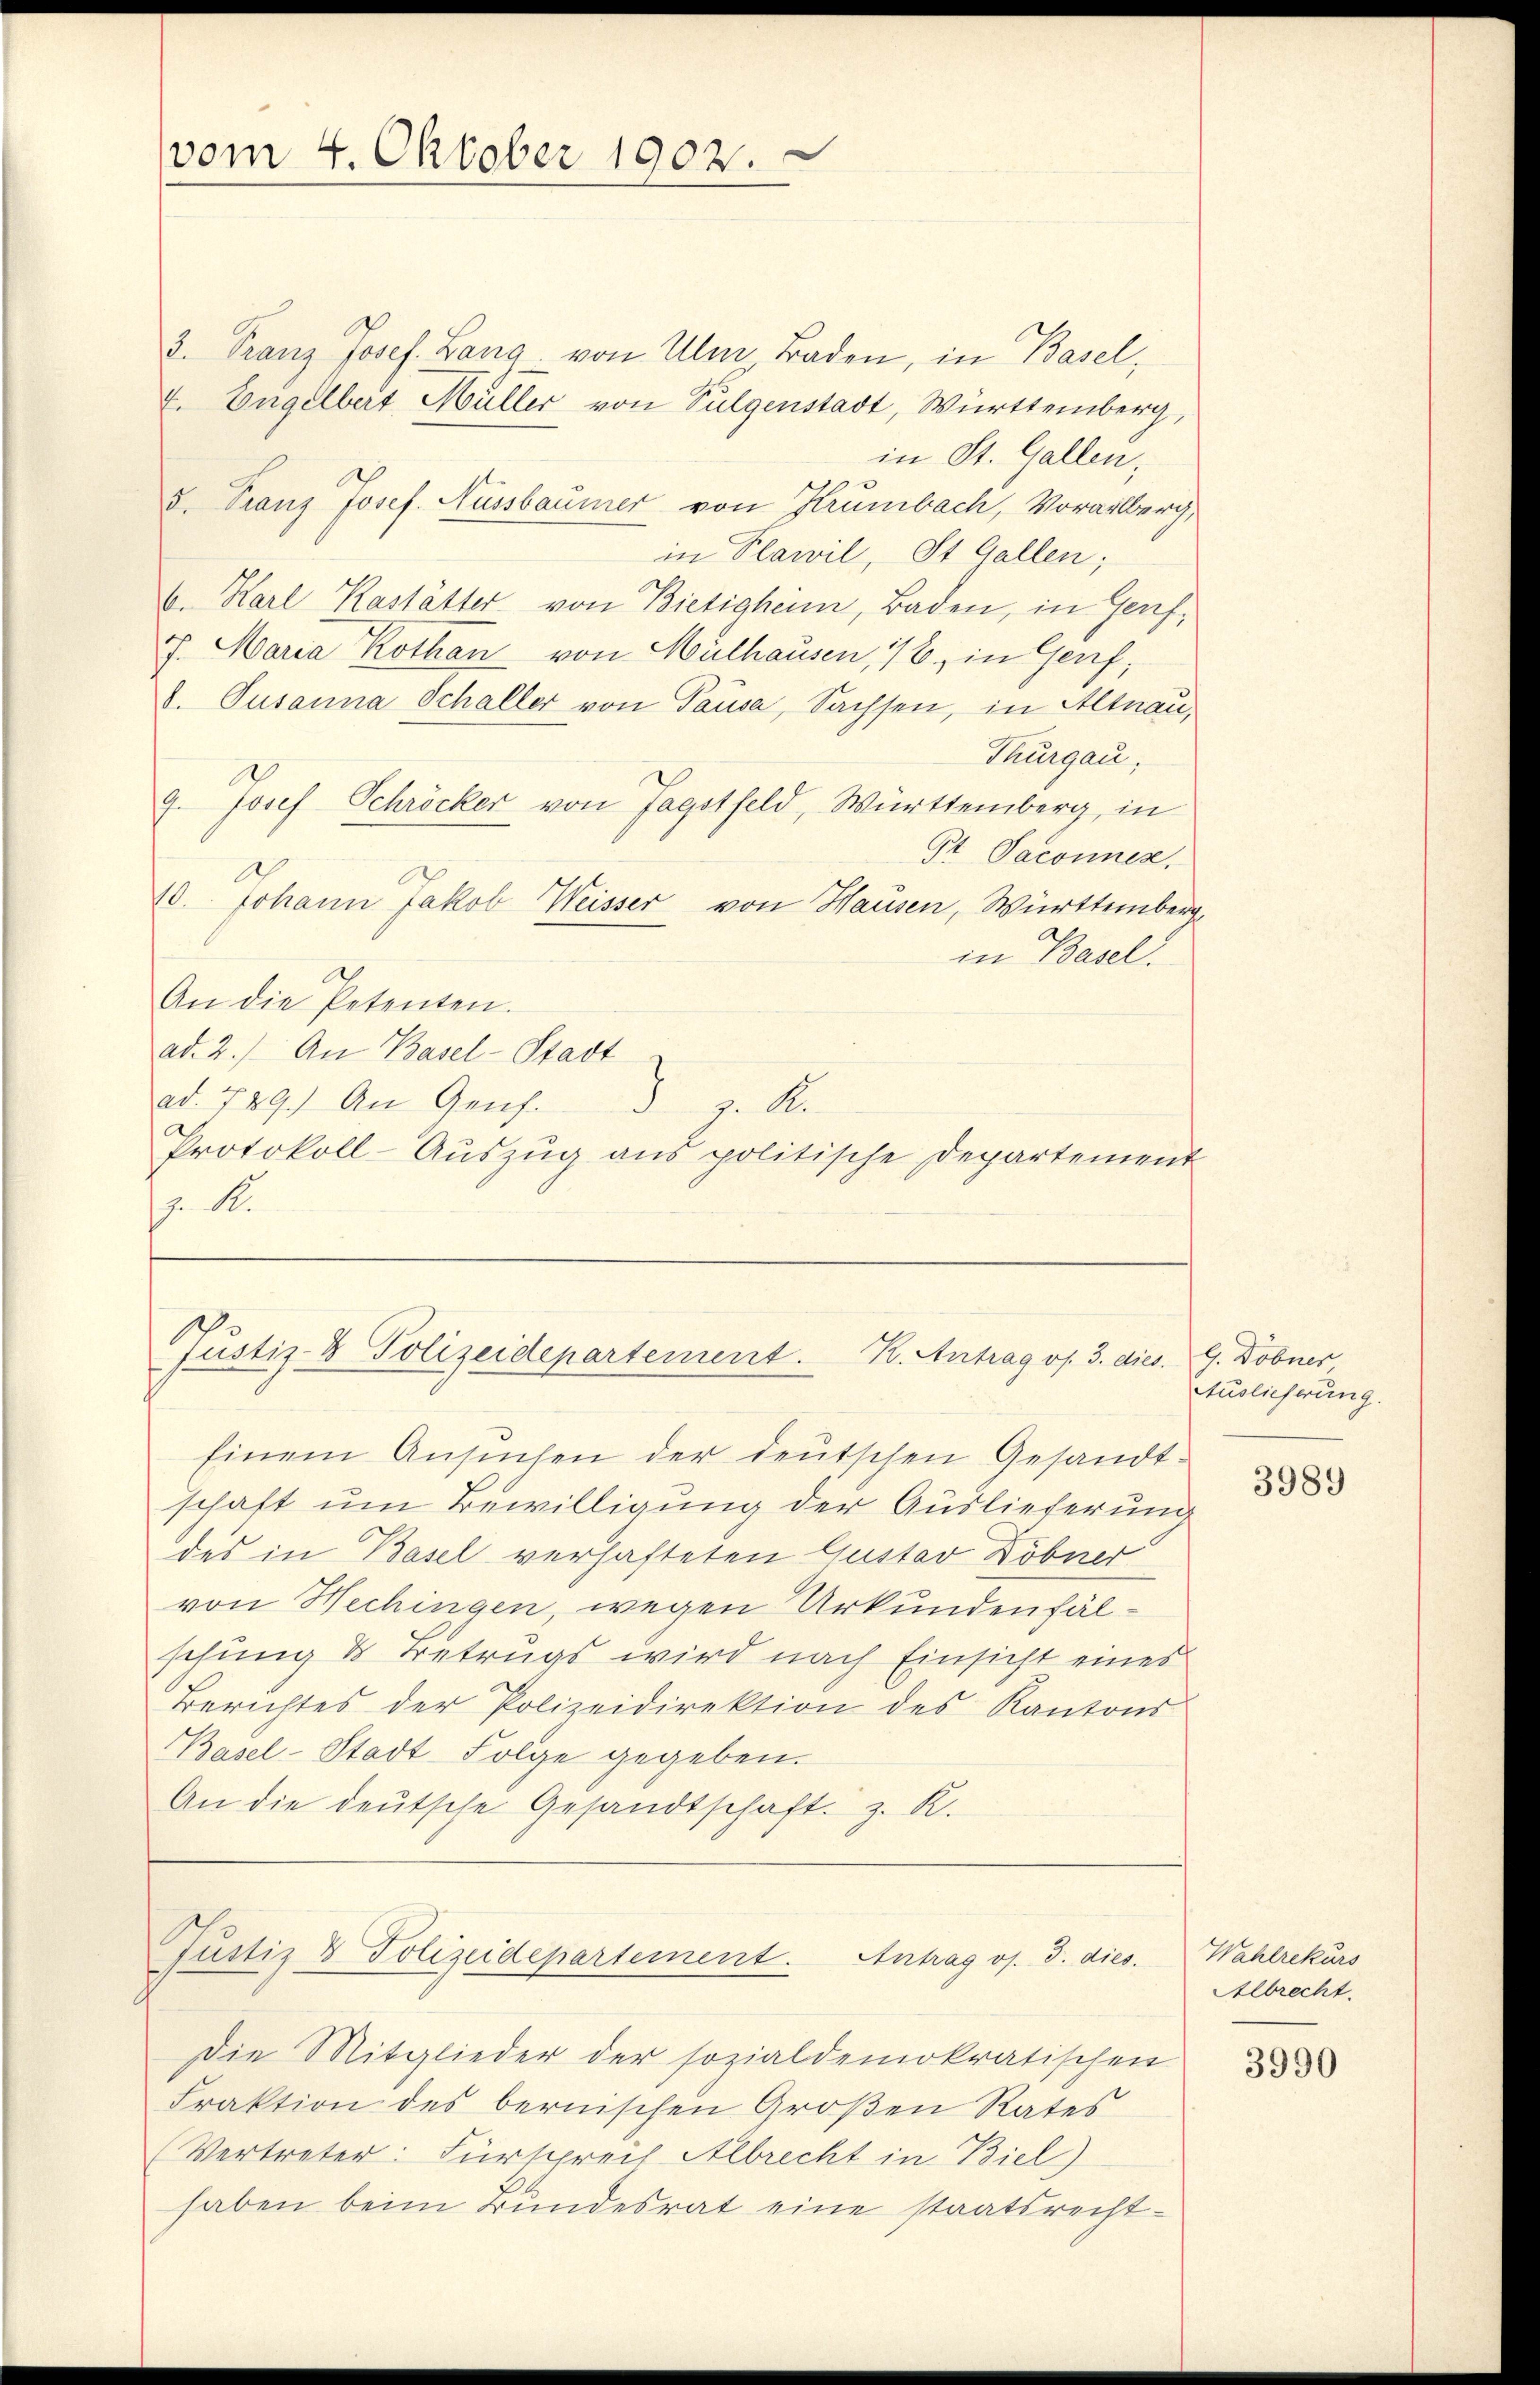
vom 4. Oktober 1902.

3. Franz Josef. Lang von Uler Baden, in Basel,
E. Engelbert Müller von Sulgenstadt, Württemberg
in St. Gallen,
5. Franz Josef. Aussbaumer von Krümbach, Vorarlberg,
in Plawil, St. Gallen;
6. Karl Kastätter von Bietigheim, Baden, in Genf,
7. Maria Kothan von Mülhausen, 1 B. in Genf,
d. Susanna Schaller von Pausa, Sachsen, in Altnau,
Thurgau,
9. Josef Schröcker von Tagstfeld, Württemberg, in
St. Jaconnes.
10. Johann Jakob Weisser von Hausen, Württemberg
in Basel.
An die Petenten.
ad. 2.) An Basel-Stadt
ad. 789.) An Genf.
S
z. A.
Protokoll-Aŭszŭg ans politische Departement
/. M.

Justiz- & Polizeidepartement. K. Antrag os. 3. dies. G. Dobner

Einem Ansuchen der deutschen Gesandt-
schaft um Bewilligung der Auslieferung
des in Basel verhafteten Gustav Döbner
von Wechingen, wegen Urkundenfälschung & Betrugs wird nach Einsicht eines
Berichtes der Polizeidirektion des Kantons
Basel-Stadt Folge gegeben.
An die deutsche Gesandtschaft z. R.

Justiz & Polizeidepartement. Antrag os. J. dies

Die Mitglieder der sozialdemokratischen
Fraktion des bernischen Großen Rates
(Vertreter: Fürspreis Albrecht in Biel)
haben beim Bundesrat eine staatsrecht¬

Auslieferung.

3989

Wahlrekurs
Albrecht.

3990